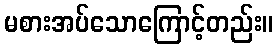
မစားအပ်သောကြောင့်တည်း။